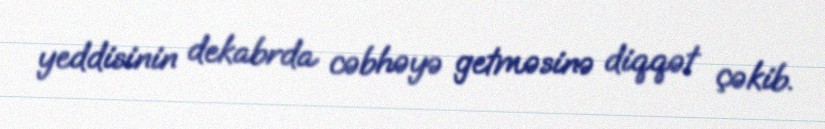
yeddisinin dekabrda cəbhəyə getməsinə diqqət çəkib.